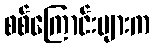
စစ်ကြောင်းများက